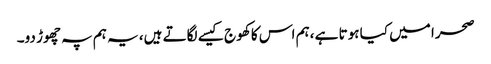
صحرا میں کیا ہوتا ہے ،ہم اس کا کھوج کیسے لگاتے ہیں، یہ ہم پہ چھوڑ دو۔